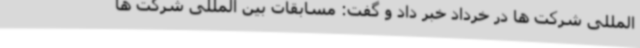
المللی شرکت ها در خرداد خبر داد و گفت: مسابقات بین المللی شرکت ها